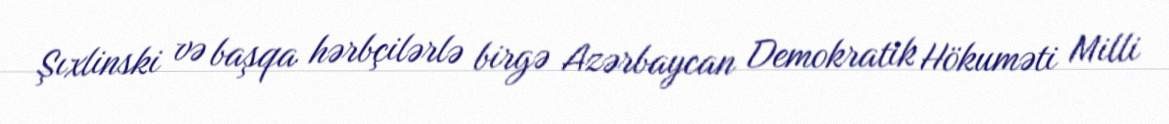
Şıxlinski və başqa hərbçilərlə birgə Azərbaycan Demokratik Hökuməti Milli